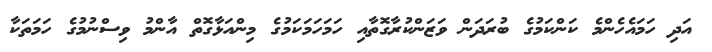
އަދި ހަމައެހެންމެ ކަންކަމުގެ ބުރަދަން ވަޒަންކުރާގޮތާއި ހަމަހަމަކަމުގެ މިންއަޅާގޮތް އާންމު ވިސްނުމުގެ ހަމަތަކާ